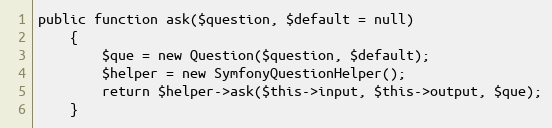
Language: PHP
public function ask($question, $default = null)
    {
        $que = new Question($question, $default);
        $helper = new SymfonyQuestionHelper();
        return $helper->ask($this->input, $this->output, $que);
    }